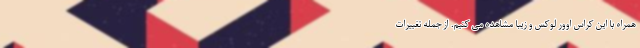
همراه با این کراس اوور لوکس و زیبا مشاهده می کنیم. از جمله تغییرات